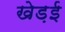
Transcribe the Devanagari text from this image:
खेड़ई